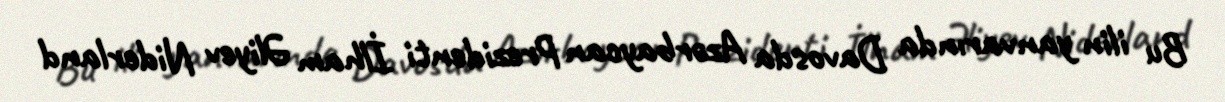
Bu ilin yanvarında Davosda Azərbaycan Prezidenti İlham Əliyev Niderland